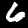
Digit: 6